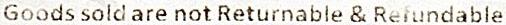
GOODS SOLD ARE NOT RETURNABLE & REFUNDABLE